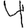
Digit: 4